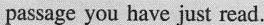
passage you have just read.